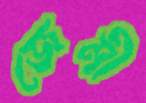
জেমী